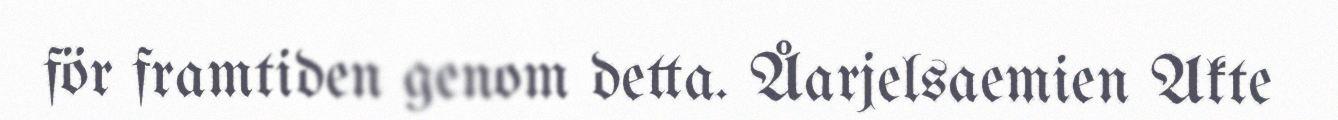
för framtiden genom detta. Åarjelsaemien Akte